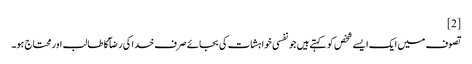
[2]
تصوف میں ایک ایسے شخص کو کہتے ہیں جو نفسی خواہشات کی بجائے صرف خدا کی رضآ کا طالب اور محتاج ہو۔